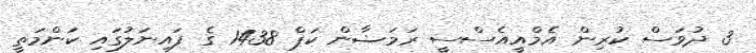
3 ދުވަަސް ކުރިން އެމްއީއެސްސީ ރަމަޟާން ކަޕް 1438 ގެ ފައިނަލުގައި ކަންމަތީ